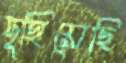
দুহিয়েছি